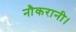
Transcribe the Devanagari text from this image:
नौकरानी।